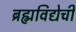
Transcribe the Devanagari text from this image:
ब्रह्मविद्येची